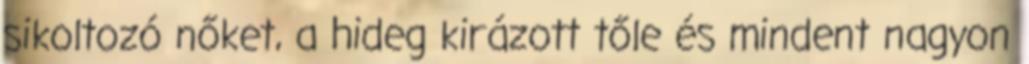
sikoltozó nőket, a hideg kirázott tőle és mindent nagyon